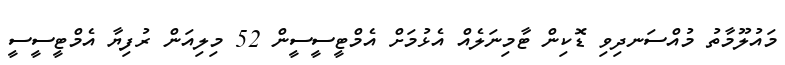
މައުލޫމާތު މުއްސަނދިވި ޑޮކިން ޓާމިނަލެއް އެޅުމަށް އެމްޓީސީސީން 52 މިލިއަން ރުފިޔާ އެމްޓީސީސީ